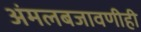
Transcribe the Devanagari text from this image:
अंमलबजावणीही